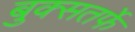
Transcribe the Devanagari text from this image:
बुक्सतर्फे